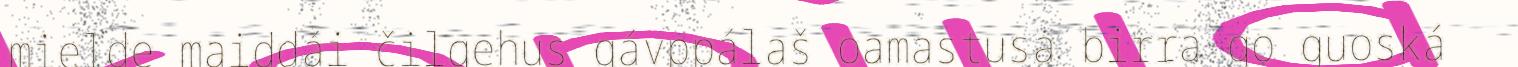
mielde maiddái čilgehus gávppálaš oamastusa birra go guoská